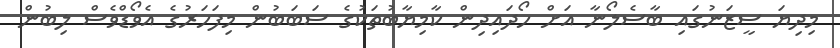
މިދިޔަ ސީޒަނުގައި ބާސެލޯނާ އަށް ހޯދައިދިން ކާމިޔާބުތަކުގެ ސަބަބުން މިފަހަރުގެ އެވޯޑްވެސް ލިބުން